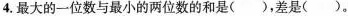
4.最大的一位数与最小的两位数的和是()，差是()。